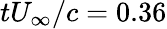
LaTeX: tU_{\infty}/c=0.36